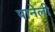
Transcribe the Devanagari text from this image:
पानेली